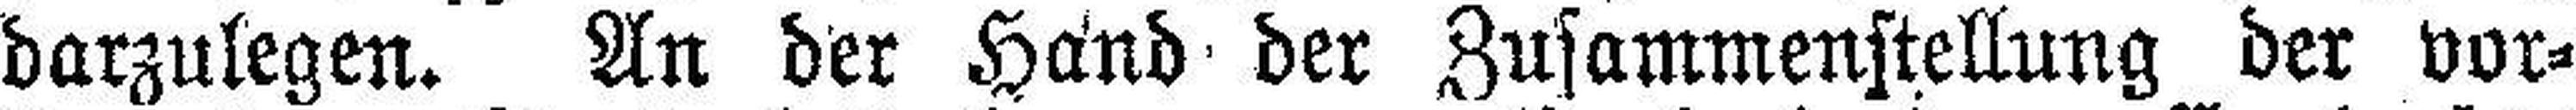
darzulegen. An der Hand der Zusammenstellung der vor¬